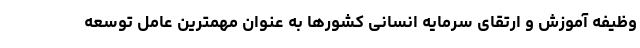
وظیفه آموزش و ارتقای سرمایه انسانی کشورها به عنوان مهمترین عامل توسعه